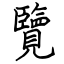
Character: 覽